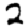
Digit: 2